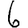
Digit: 6